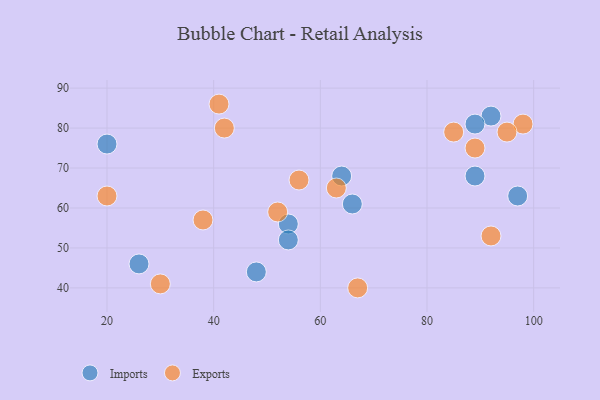
{"axis": {"x": "GDP", "y": "Life Expectancy"}, "legend": ["Exports", "Imports"], "data": [{"x": "54", "y": 56, "type": "Imports"}, {"x": "64", "y": 68, "type": "Imports"}, {"x": "89", "y": 68, "type": "Imports"}, {"x": "20", "y": 76, "type": "Imports"}, {"x": "48", "y": 44, "type": "Imports"}, {"x": "92", "y": 83, "type": "Imports"}, {"x": "89", "y": 81, "type": "Imports"}, {"x": "97", "y": 63, "type": "Imports"}, {"x": "54", "y": 52, "type": "Imports"}, {"x": "26", "y": 46, "type": "Imports"}, {"x": "66", "y": 61, "type": "Imports"}, {"x": "89", "y": 75, "type": "Exports"}, {"x": "85", "y": 79, "type": "Exports"}, {"x": "38", "y": 57, "type": "Exports"}, {"x": "42", "y": 80, "type": "Exports"}, {"x": "52", "y": 59, "type": "Exports"}, {"x": "92", "y": 53, "type": "Exports"}, {"x": "67", "y": 40, "type": "Exports"}, {"x": "41", "y": 86, "type": "Exports"}, {"x": "98", "y": 81, "type": "Exports"}, {"x": "95", "y": 79, "type": "Exports"}, {"x": "30", "y": 41, "type": "Exports"}, {"x": "63", "y": 65, "type": "Exports"}, {"x": "20", "y": 63, "type": "Exports"}, {"x": "56", "y": 67, "type": "Exports"}]}